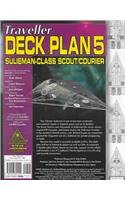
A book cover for Traveller Deck Plan 5: Sulieman-Class Scout / Courier (Gurps); Steve Jackson Games; Science Fiction & Fantasy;